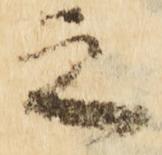
之